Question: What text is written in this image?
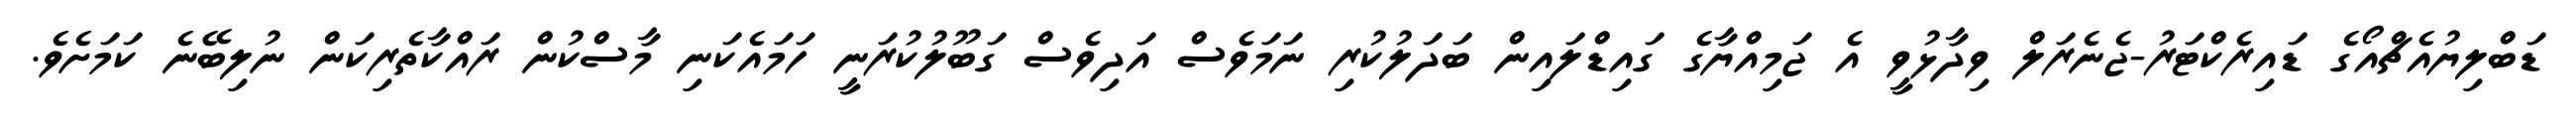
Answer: ޑަބްލިޔުއެޗްއޯގެ ޑައިރެކްޓަރު-ޖެނެރަލް ވިދާޅުވީ އެ ޖަމިއްޔާގެ ގައިޑްލައިން ބަދަލުކުރި ނަމަވެސް އަދިވެސް ގަބޫލުކުރަނީ ހަމައެކަނި މާސްކުން ރައްކާތެރިކަން ނުލިބޭނެ ކަމަށެވެ.